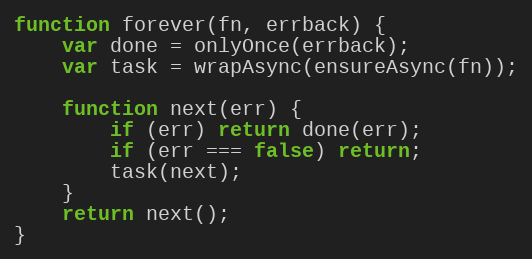
Language: JavaScript
function forever(fn, errback) {
    var done = onlyOnce(errback);
    var task = wrapAsync(ensureAsync(fn));

    function next(err) {
        if (err) return done(err);
        if (err === false) return;
        task(next);
    }
    return next();
}